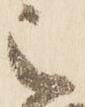
之